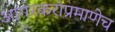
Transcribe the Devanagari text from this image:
आगरकरांप्रमाणेच